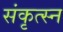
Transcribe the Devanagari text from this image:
संकृत्स्न